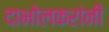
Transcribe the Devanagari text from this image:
दाभोलकरांनी